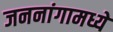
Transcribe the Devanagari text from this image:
जननांगामध्ये